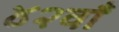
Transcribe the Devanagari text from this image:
४२वाँ